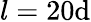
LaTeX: l=20\mathrm{d}